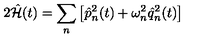
2 \hat { { \cal H } } ( t ) = \sum _ { n } \left[ \hat { p } _ { n } ^ { 2 } ( t ) + \omega _ { n } ^ { 2 } \hat { q } _ { n } ^ { 2 } ( t ) \right]